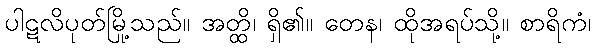
ပါဋလိပုတ်မြို့သည်။ အတ္ထိ၊ ရှိ၏။ တေန၊ ထိုအရပ်သို့။ စာရိကံ၊